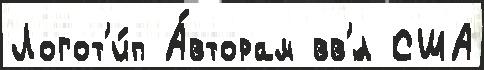
Логот'и́п А́вторам вв'́л США